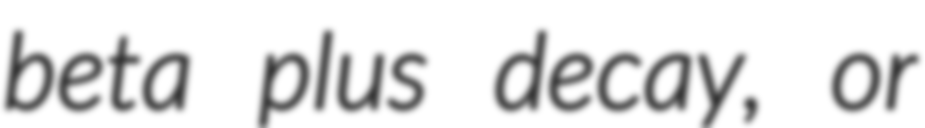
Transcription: beta plus decay, or